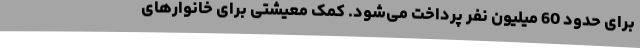
برای حدود 60 میلیون نفر پرداخت می‌شود. کمک معیشتی برای خانوارهای